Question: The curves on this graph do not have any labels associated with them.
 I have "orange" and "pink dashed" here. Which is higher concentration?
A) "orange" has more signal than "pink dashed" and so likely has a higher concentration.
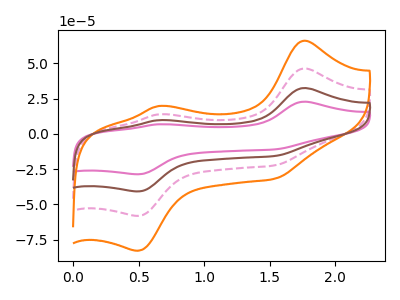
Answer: <think>The pink curve "pink" has anodic peaks at (1.75V, 138.90uA) (0.65V, 41.55uA) and cathodic peaks at (1.55V, -67.15uA) (0.50V, -174.35uA). The pink dashed curve "pink dashed" has anodic peaks at (1.75V, 46.30uA) (0.65V, 13.85uA) and cathodic peaks at (1.55V, -22.40uA) (0.50V, -58.10uA). The orange curve "orange" has anodic peaks at (1.75V, 66.00uA) (0.65V, 19.75uA) and cathodic peaks at (1.55V, -31.90uA) (0.50V, -82.80uA). The brown curve "brown" has anodic peaks at (1.75V, 92.60uA) (0.65V, 27.70uA) and cathodic peaks at (1.55V, -44.75uA) (0.50V, -116.25uA).
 All the peaks in "orange" have a peak in "pink dashed" at the same potential. Every peak in "orange" is higher than every peak in "pink dashed".</think>
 <answer>A) "orange" has more signal than "pink dashed" and so likely has a higher concentration.</answer>
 <eval>A</eval>